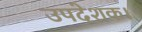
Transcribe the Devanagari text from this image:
उपदेशक।